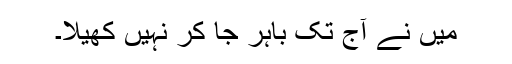
میں نے آج تک باہر جا کر نہیں کھیلا۔